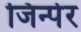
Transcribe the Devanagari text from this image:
जिन्पेर